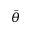
\bar { \theta }